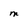
Character: M